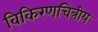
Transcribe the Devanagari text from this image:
विकिरणचित्रीय